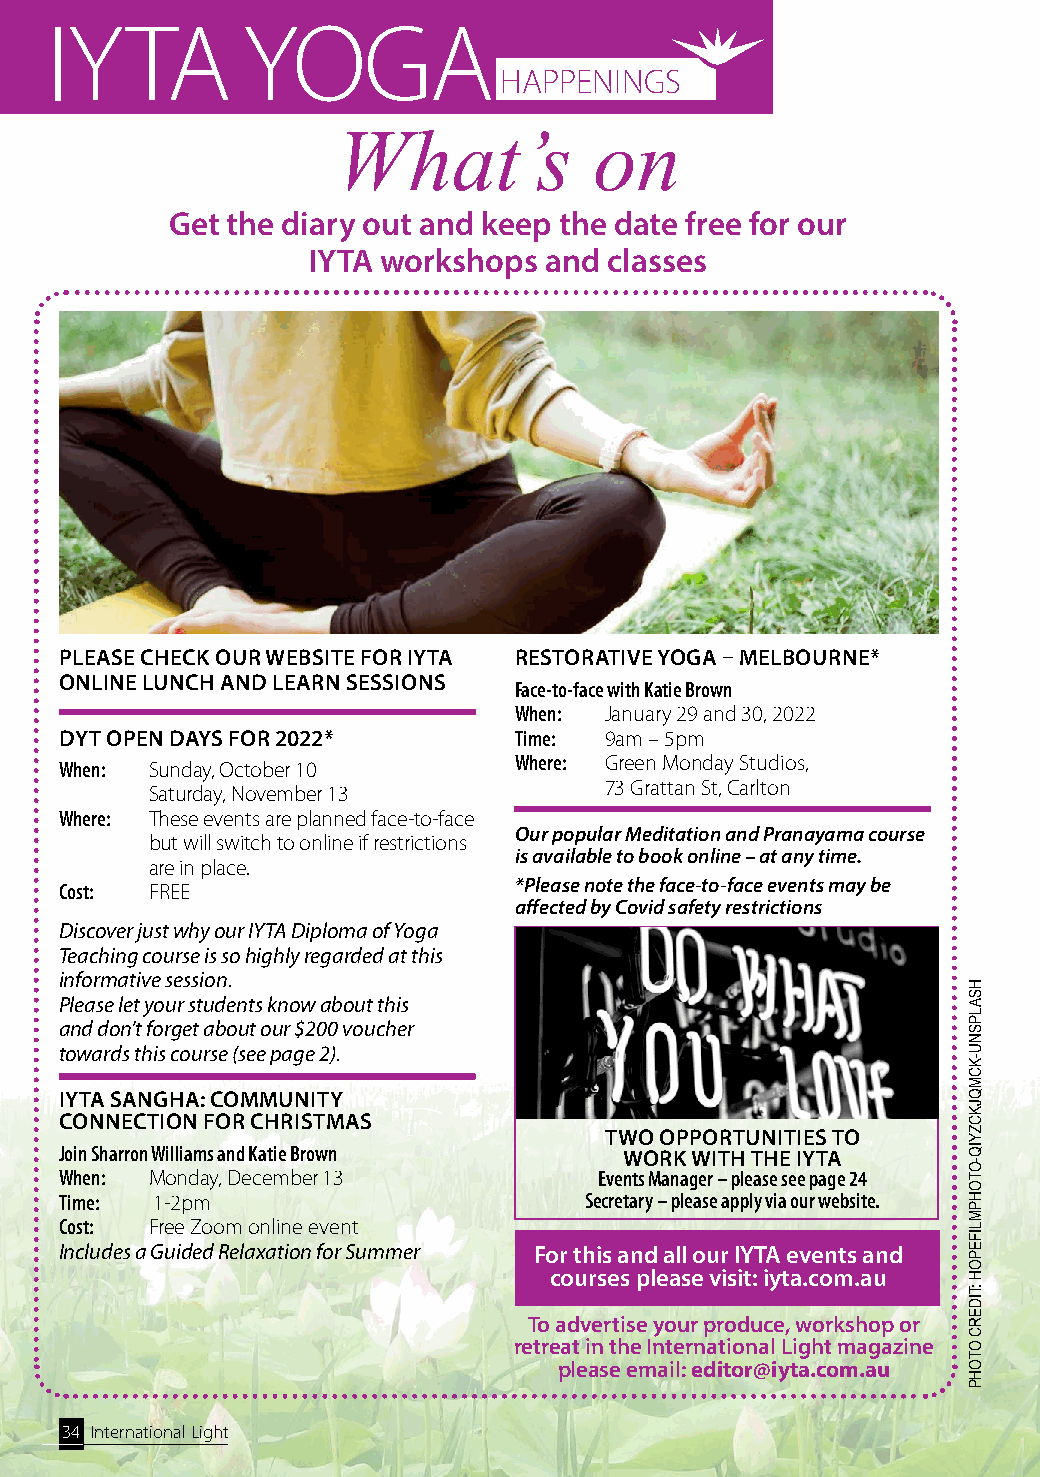
IYTA         YOGA
 HAPPENINGS
 What’s           on
 Get the diary out and keep the date free for our
 IYTA workshops  and classes
 PLEASE CHECK OUR WEBSITE FOR IYTA RESTORATIVE YOGA – MELBOURNE*
 ONLINE LUNCH AND LEARN SESSIONS
 Face-to-face with Katie Brown
 When: January 29 and 30, 2022
 DYT OPEN DAYS FOR 2022*       Time: 9am – 5pm
 Where: Green Monday Studios,
 When: Sunday, October 10
 73 Grattan St, Carlton
 Saturday, November 13
 Where: These events are planned face-to-face
 Our popular Meditation and Pranayama course
 but will switch to online if restrictions
 is available to book online – at any time.
 are in place.
 *Please note the face-to-face events may be
 Cost: FREE
 affected by Covid safety restrictions
 Discover just why our IYTA Diploma of Yoga
 Teaching course is so highly regarded at this
 informative session.
 Please let your students know about this
 and don’t forget about our $200 voucher
 towards this course (see page 2).
 IYTA SANGHA: COMMUNITY
 CONNECTION FOR CHRISTMAS
 TWO OPPORTUNITIES TO
 Join Sharron Williams and Katie Brown WORK WITH THE IYTA
 When: Monday, December 13           Events Manager – please see page 24
 Time: 1-2pm                        Secretary – please apply via our website.
 Cost: Free Zoom online event
 Includes a Guided Relaxation for Summer For this and all our IYTA events and
 courses please visit: iyta.com.au
 To advertise your produce, workshop or
 retreat in the International Light magazine
 please email: editor@iyta.com.au
 34 International Light
 HSALPSNU-KCMQJKCZYIQ-OTOHPMLIFEPOH
 :TIDERC
 OTOHP